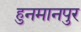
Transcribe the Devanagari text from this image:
हुनमानपुर